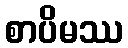
စာပိမဿ